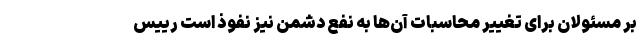
بر مسئولان برای تغییر محاسبات آن‌ها به نفع دشمن نیز نفوذ است رییس